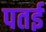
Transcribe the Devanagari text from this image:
पतई